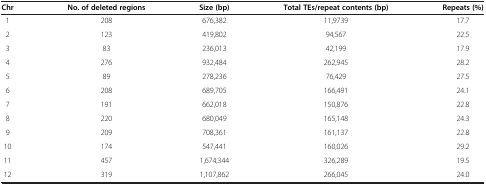
<table><thead><tr><td><b>Chr</b></td><td><b>No. of deleted regions</b></td><td><b>Size (bp)</b></td><td><b>Total TEs/repeat contents (bp)</b></td><td><b>Repeats (%)</b></td></tr></thead><tbody><tr><td>1</td><td>208</td><td>676,382</td><td>11,9739</td><td>17.7</td></tr><tr><td>2</td><td>123</td><td>419,802</td><td>94,567</td><td>22.5</td></tr><tr><td>3</td><td>83</td><td>236,013</td><td>42,199</td><td>17.9</td></tr><tr><td>4</td><td>276</td><td>932,484</td><td>262,945</td><td>28.2</td></tr><tr><td>5</td><td>89</td><td>278,236</td><td>76,429</td><td>27.5</td></tr><tr><td>6</td><td>208</td><td>689,705</td><td>166,491</td><td>24.1</td></tr><tr><td>7</td><td>191</td><td>662,018</td><td>150,876</td><td>22.8</td></tr><tr><td>8</td><td>220</td><td>680,049</td><td>165,148</td><td>24.3</td></tr><tr><td>9</td><td>209</td><td>708,361</td><td>161,137</td><td>22.8</td></tr><tr><td>10</td><td>174</td><td>547,441</td><td>160,026</td><td>29.2</td></tr><tr><td>11</td><td>457</td><td>1,674,344</td><td>326,289</td><td>19.5</td></tr><tr><td>12</td><td>319</td><td>1,107,862</td><td>266,045</td><td>24.0</td></tr></tbody></table>